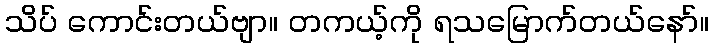
သိပ် ကောင်းတယ်ဗျာ။ တကယ့်ကို ရသမြောက်တယ်နော်။